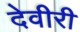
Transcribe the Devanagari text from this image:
देवीरी